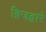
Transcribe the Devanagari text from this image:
ब्रिजद्वारे